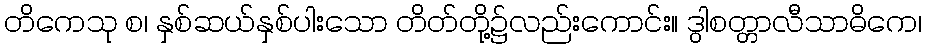
တိကေသု စ၊ နှစ်ဆယ်နှစ်ပါးသော တိတ်တို့၌လည်းကောင်း။ ဒွါစတ္တာလီသာဓိကေ၊